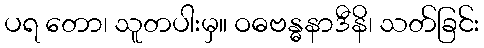
ပရ တော၊ သူတပါးမှ။ ဝဓဗန္ဓနာဒီနိ၊ သတ်ခြင်း